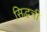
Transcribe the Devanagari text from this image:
सिद्धची